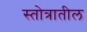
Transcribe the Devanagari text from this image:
स्तोत्रातील